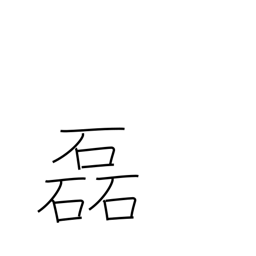
Meaning: many stones